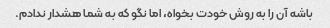
باشه آن را به روش خودت بخواه، اما نگو که به شما هشدار ندادم.